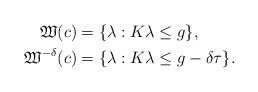
LaTeX: \begin{align*}\mathfrak W(c) &= \{\lambda: K\lambda \le g\},\\\mathfrak W^{-\delta}(c)&= \{\lambda: K\lambda \le g-\delta \tau\}.\end{align*}